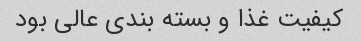
کیفیت غذا و بسته بندی عالی بود